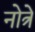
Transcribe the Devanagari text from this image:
नोत्रे